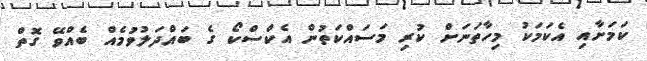
ކަމަށާއި އެކަމަކު މިހާތަނަށް ކުރި މަސައްކަތުން އެކްސްކޯ ގެ ބައްދަލުވުމެއް ބެއްވޭ ގޮތް